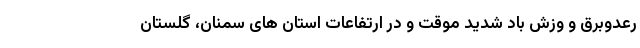
رعدوبرق و وزش باد شدید موقت و در ارتفاعات استان های سمنان، گلستان